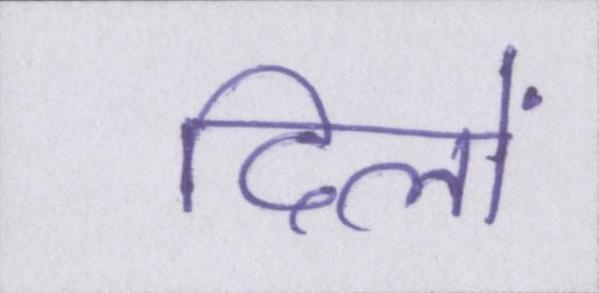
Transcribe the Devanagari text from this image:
दिलों